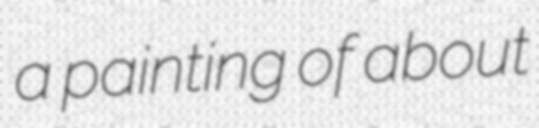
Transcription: a painting of about